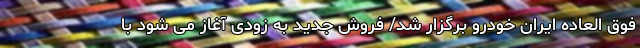
فوق العاده ایران خودرو برگزار شد/ فروش جدید به زودی آغاز می شود با